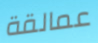
عمالقة